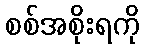
စစ်အစိုးရကို